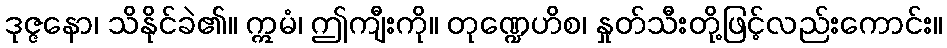
ဒုဇ္ဇနော၊ သိနိုင်ခဲ၏။ ဣမံ၊ ဤကျီးကို။ တုဏ္ဍေဟိစ၊ နှုတ်သီးတို့ဖြင့်လည်းကောင်း။